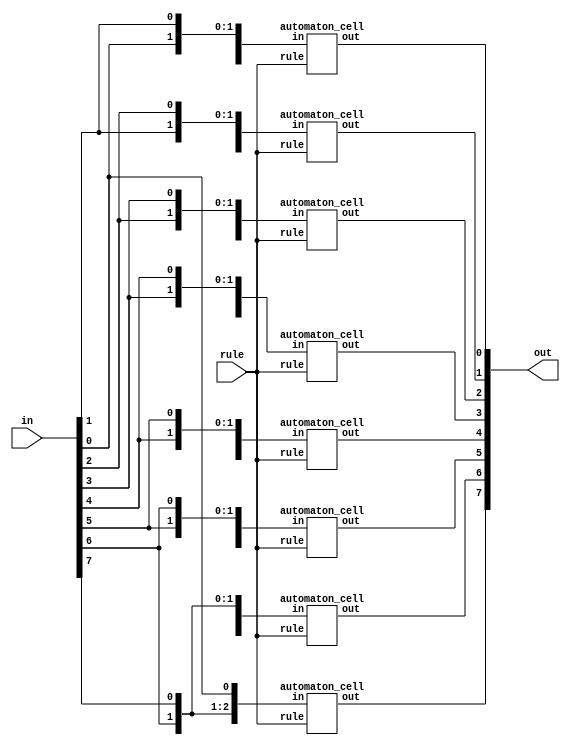
`default_nettype none

module automaton #(parameter WIDTH = 8)
  ( input wire [WIDTH-1:0] in,
    input wire [7:0] rule,
    output wire [WIDTH-1:0] out
  );

  genvar i;
  generate
    for (i=0; i<WIDTH; i=i+1)
    begin : automaton_cell
      automaton_cell acell ( { in[ (i==0) ? WIDTH-1 : (i-1) ], in[i], in[ ( i == (WIDTH-1) ) ? 0 : i+1 ] }, rule, out[i] );
    end
  endgenerate

endmodule

module automaton_cell(in, rule, out);
    input wire[2:0] in;
    input wire[7:0] rule;

    output wire out;

    assign out = rule[in];
endmodule